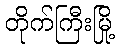
တိုက်ကြီးမြို့